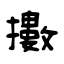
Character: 擻